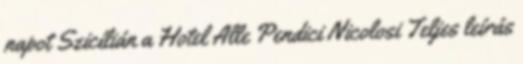
napot Szicílián a Hotel Alle Pendici Nicolosi Teljes leírás